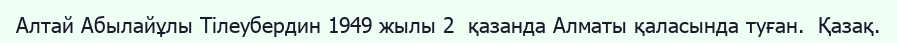
Алтай Абылайұлы Тілеубердин 1949 жылы 2  қазанда Алматы қаласында туған.  Қазақ.